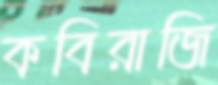
কবিরাজি